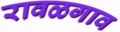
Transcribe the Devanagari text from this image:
रावळगाव